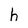
Character: h